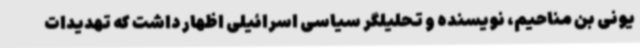
یونی بن مناحیم، نویسنده و تحلیلگر سیاسی اسرائیلی اظهار داشت که تهدیدات